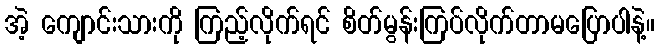
အဲ့ ကျောင်းသားကို ကြည့်လိုက်ရင် စိတ်မွန်းကြပ်လိုက်တာမပြောပါနဲ့။